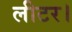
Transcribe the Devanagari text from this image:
लीटर।